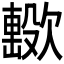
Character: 𣤢